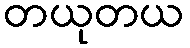
တယုတယ